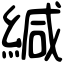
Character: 緘